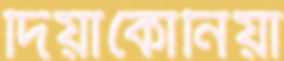
দিয়াকোনিয়া